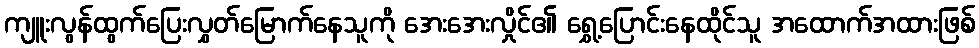
ကျူးလွန်ထွက်ပြေးလွှတ်မြောက်နေသူကို အေးအေးလှိုင်၏ ရွှေ့ပြောင်းနေထိုင်သူ အထောက်အထားဖြစ်